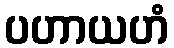
ပဟာယဟံ